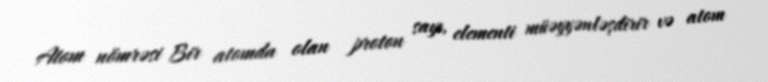
Atom nömrəsi Bir atomda olan proton sayı, elementi müəyyənləşdirir və atom